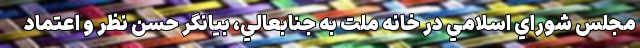
مجلس شوراي اسلامي در خانه ملت به جنابعالي، بيانگر حسن نظر و اعتماد